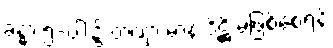
ခန္ဓာ ၅-ပါး၌ တဏှာ မာန ဒိဋ္ဌိ မဖြစ်စေရန်